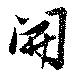
開